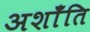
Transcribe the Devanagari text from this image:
अशाँति